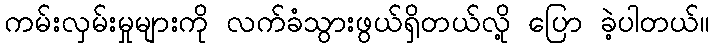
ကမ်းလှမ်းမှုများကို လက်ခံသွားဖွယ်ရှိတယ်လို့ ပြော ခဲ့ပါတယ်။